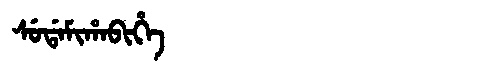
Manchu: ᠰᡠᡩᠠᠮᡳᡥᠠᠪᡳᡥᡝ
Romanization: SUDAMIHABIHE